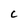
Character: C